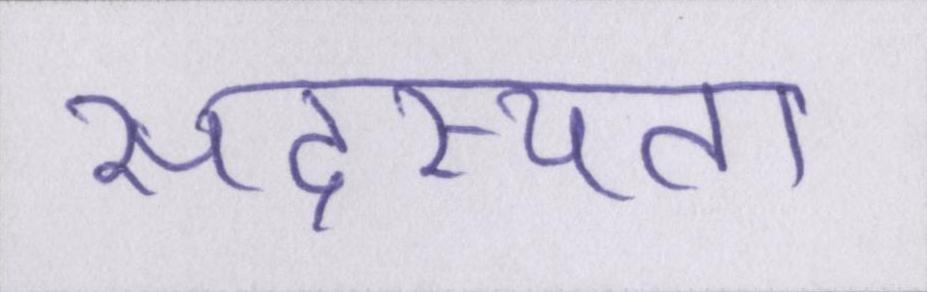
सदस्यता